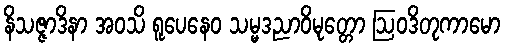
နိသဇ္ဇာဒိနာ အဝသိ ရူပေနေဝ သမ္မဒညာဝိမုတ္တော ဩဝဒိတုကာမော